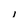
Character: l